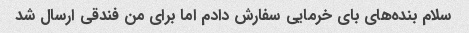
سلام بنده‌های بای خرمایی سفارش دادم اما برای من فندقی ارسال شد